Document type: Emphyteutic lease
Year: 1316
Scribe: Berenguer de Vallseca
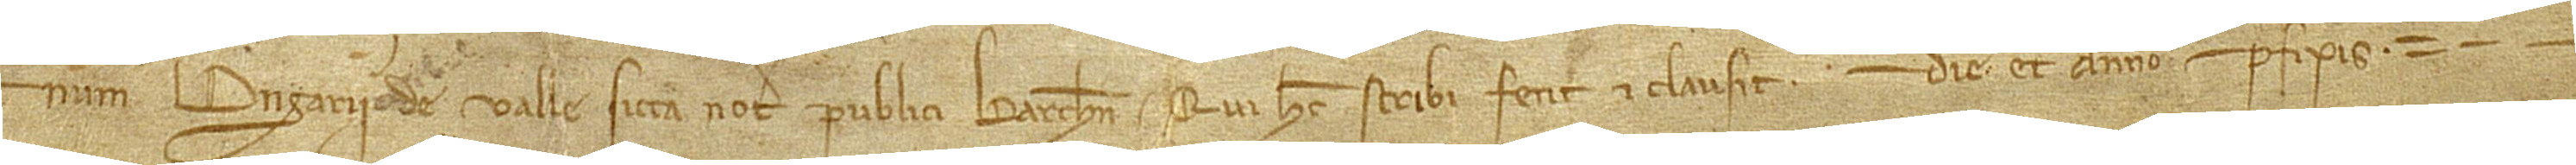
num Berengarii de Valle Sicca, notarii publici Barchinone, qui hec scribi fecit et clausit die et anno prefixis.